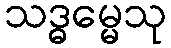
သဒ္ဓမ္မေသု